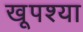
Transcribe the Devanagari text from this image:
खूपश्या